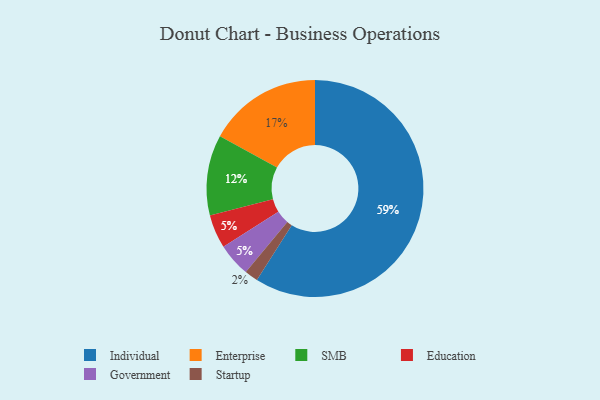
{"axis": {"x": "Category", "y": "Percentage"}, "legend": ["Education", "Enterprise", "Government", "Individual", "SMB", "Startup"], "data": [{"x": "SMB", "y": 12, "type": "SMB"}, {"x": "Education", "y": 5, "type": "Education"}, {"x": "Startup", "y": 2, "type": "Startup"}, {"x": "Government", "y": 5, "type": "Government"}, {"x": "Individual", "y": 59, "type": "Individual"}, {"x": "Enterprise", "y": 17, "type": "Enterprise"}]}